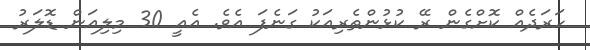
ހަރަދެއް ކޮށްގެން ރޭ ކުޅުންތެރިއަކު ގަނެފަ އެވެ. އެއީ 30 މިލިއަން ޑޮލަރު